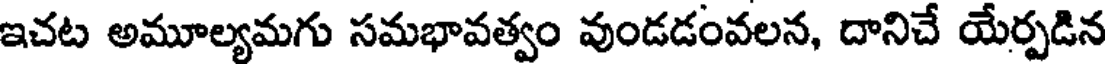
ఇచట అమూల్యమగు సమభావత్వం వుండడంవలన, దానిచే యేర్పడిన